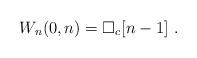
LaTeX: \begin{align*}W_{n} (0,n) = \square_c [n-1] \ .\end{align*}